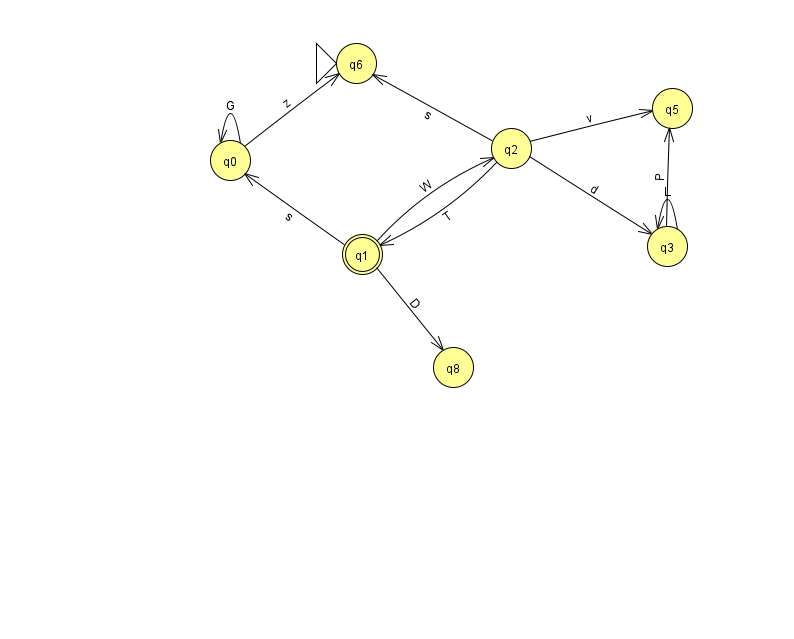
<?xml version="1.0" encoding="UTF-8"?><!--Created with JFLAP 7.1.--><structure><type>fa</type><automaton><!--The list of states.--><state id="0" name="q0"><x>230.0</x><y>147.0</y></state><state id="1" name="q1"><x>362.0</x><y>241.0</y><final/></state><state id="2" name="q2"><x>511.0</x><y>135.0</y></state><state id="3" name="q3"><x>667.0</x><y>233.0</y></state><state id="5" name="q5"><x>672.0</x><y>95.0</y></state><state id="6" name="q6"><x>356.0</x><y>50.0</y><initial/></state><state id="8" name="q8"><x>453.0</x><y>354.0</y></state><!--The list of transitions.--><transition><from>0</from><to>6</to><read>z</read></transition><transition><from>2</from><to>1</to><read>T</read></transition><transition><from>1</from><to>2</to><read>W</read></transition><transition><from>3</from><to>5</to><read>P</read></transition><transition><from>2</from><to>6</to><read>s</read></transition><transition><from>0</from><to>0</to><read>G</read></transition><transition><from>1</from><to>8</to><read>D</read></transition><transition><from>1</from><to>0</to><read>s</read></transition><transition><from>2</from><to>3</to><read>d</read></transition><transition><from>2</from><to>5</to><read>v</read></transition><transition><from>3</from><to>3</to><read>L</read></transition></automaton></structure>